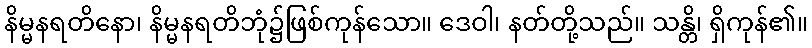
နိမ္မနရတိနော၊ နိမ္မနရတိဘုံ၌ဖြစ်ကုန်သော။ ဒေဝါ၊ နတ်တို့သည်။ သန္တိ၊ ရှိကုန်၏။